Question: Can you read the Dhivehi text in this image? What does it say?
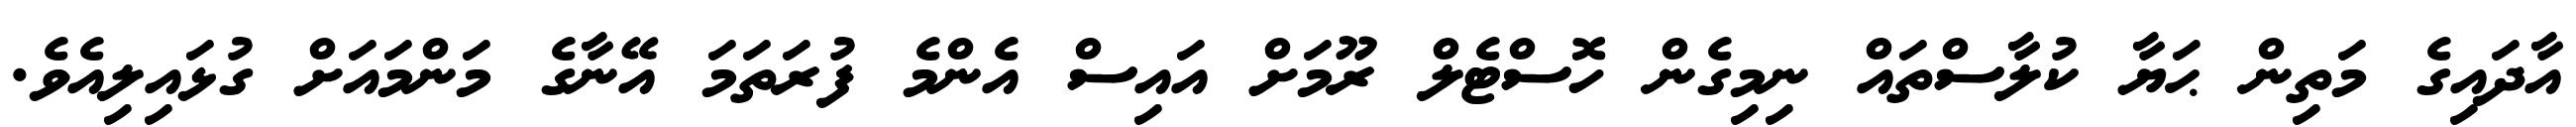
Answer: އާދައިގެ މަތިން ޙަޔާ ކުލާސްތައް ނިމިގެން ހޮސްޓެލް ރޫމަށް އައިސް އެންމެ ފުރަތަމަ އޭނާގެ މަންމައަށް ގުޅައިލިއެވެ.